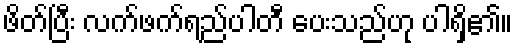
ဖိတ်ပြီး လက်ဖက်ရည်ပါတီ ပေးသည်ဟု ပါရှိ၏။